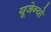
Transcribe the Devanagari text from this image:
यूजेन्यो